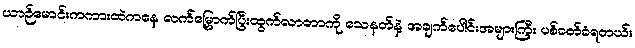
ယာဉ်မောင်းကကားထဲကနေ လက်မြှောက်ပြီးထွက်လာတာကို သေနတ်နဲ့ အချက်ပေါင်းအများကြီး ပစ်ခတ်ခံရတယ်။